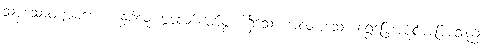
သဗ္ဗသောဝဏ္ဏမယော၊ နှစ်လုံးမွေ့လျော်ပျော်ဖွယ်ရှိသော အလုံးစုံသော ရွှေမြေအပိုင်းအခြားသည်။